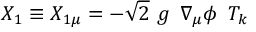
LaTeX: X _ { 1 } \equiv X _ { 1 \mu } = - \sqrt { 2 } \ g \ \, \nabla _ { \mu } \phi \, \ T _ { k }